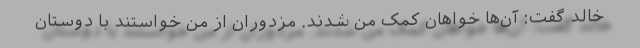
خالد گفت: آن‌ها خواهان کمک من شدند. مزدوران از من خواستند با دوستان